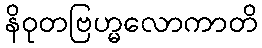
နိဝုတဗြဟ္မလောကာတိ